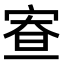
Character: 𡨵